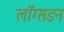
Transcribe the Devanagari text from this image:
लाॅग्सडन